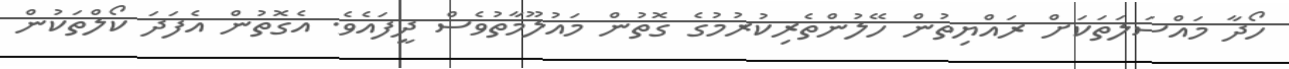
ހޯދާ މައްސަލަތަކަށް ރައްޔިތުން ހޭލުންތެރިކުރުމުގެ ގޮތުން މައުލޫމާތުވެސް ދީފައެވެ. އެގޮތުން އެފަދަ ކޯލްތަކުން